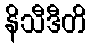
နိသီဒီတိ